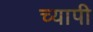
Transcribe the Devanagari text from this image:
च्यापी